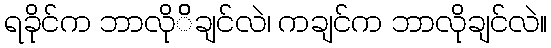
ရခိုင်က ဘာလိုိိချင်လဲ၊ ကချင်က ဘာလိုချင်လဲ။